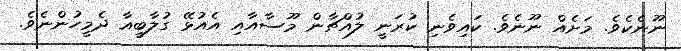
ނޫނެކެވެ. މަށެއް ނޫނެވެ. ކައިވެނި ކުރަނީ ލުއްޗާން މޫސާއާއި އެއުޅޭ ގުލާބީއާ ދެމީހުންނެވެ.